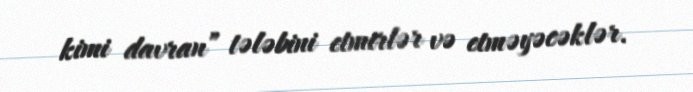
kimi davran” tələbini etmirlər və etməyəcəklər.